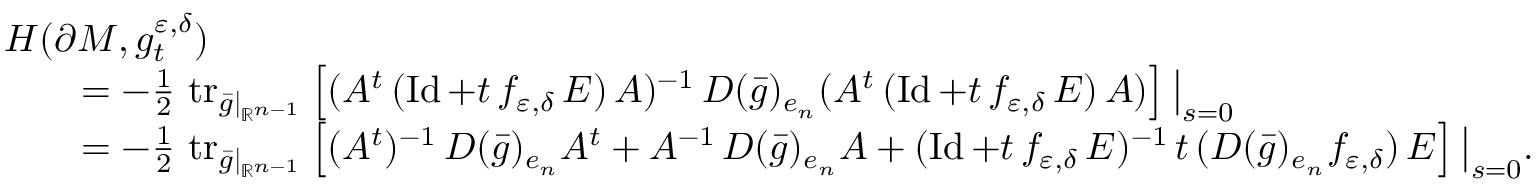
\begin{array} { r l } & { H ( \partial M , g _ { t } ^ { \varepsilon , \delta } ) } \\ & { \qquad = - \frac 1 2 \, \operatorname { t r } _ { \bar { g } | _ { \mathbb { R } ^ { n - 1 } } } \left[ ( A ^ { t } \, ( \operatorname { I d } + t \, f _ { \varepsilon , \delta } \, E ) \, A ) ^ { - 1 } \, D ( \bar { g } ) _ { e _ { n } } ( A ^ { t } \, ( \operatorname { I d } + t \, f _ { \varepsilon , \delta } \, E ) \, A ) \right] \big | _ { s = 0 } } \\ & { \qquad = - \frac 1 2 \, \operatorname { t r } _ { \bar { g } | _ { \mathbb { R } ^ { n - 1 } } } \left[ ( A ^ { t } ) ^ { - 1 } \, D ( \bar { g } ) _ { e _ { n } } A ^ { t } + A ^ { - 1 } \, D ( \bar { g } ) _ { e _ { n } } A + ( \operatorname { I d } + t \, f _ { \varepsilon , \delta } \, E ) ^ { - 1 } \, t \, ( D ( \bar { g } ) _ { e _ { n } } f _ { \varepsilon , \delta } ) \, E \right] \big | _ { s = 0 } . } \end{array}